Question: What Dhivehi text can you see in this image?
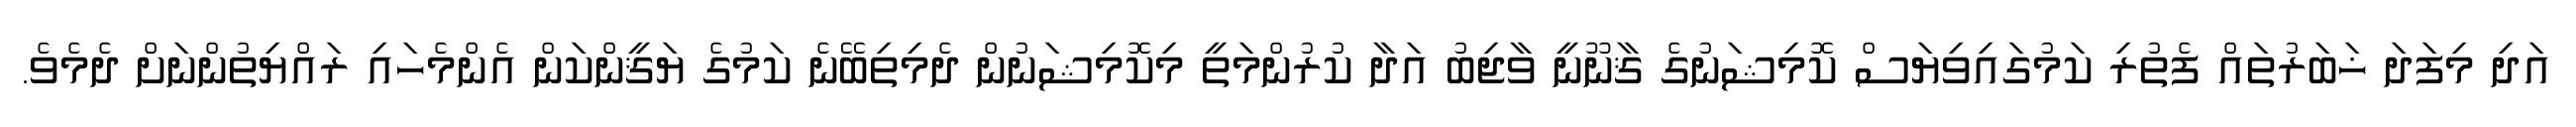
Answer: އަދި މިފަދަ ޚަބަރުތައް ފެތުރި ކަމުގައިވިޔަސް ކޮމިޝަނުގެ ޤާނޫނީ ވާޖިބު އަދާ ކުރުންމަތީ މިކޮމިޝަނުން ދެމިތިބޭނެ ކަމުގެ ޔަޤީންކަން އެންމެހައި ރައްޔިތުންނަށް ދެމެވެ.